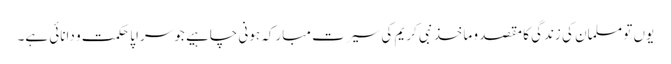
یوں تو مسلمان کی زندگی کا مقصد و ماخذ نبی کریم کی سیرت مبارکہ ہونی چاہیے جو سراپا حکمت و دانائی ہے۔